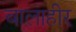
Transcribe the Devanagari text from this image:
बालाहीर